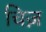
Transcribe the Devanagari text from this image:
चिज़